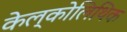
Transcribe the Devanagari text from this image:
केल्कोलिथिक